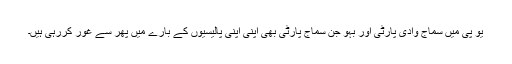
یو پی میں سماج وادی پارٹی اور بہو جن سماج پارٹی بھی اپنی اپنی پالیسیوں کے بارے میں پھر سے غور کررہی ہیں۔